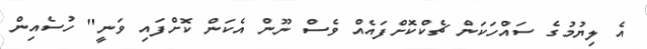
އެ ލިޔުމުގެ ސައްހަކަން ޗެކްކޮށްފައެއް ވެސް ނޫން އެކަން ކޮށްފައި ވަނީ" ހުސެއިން